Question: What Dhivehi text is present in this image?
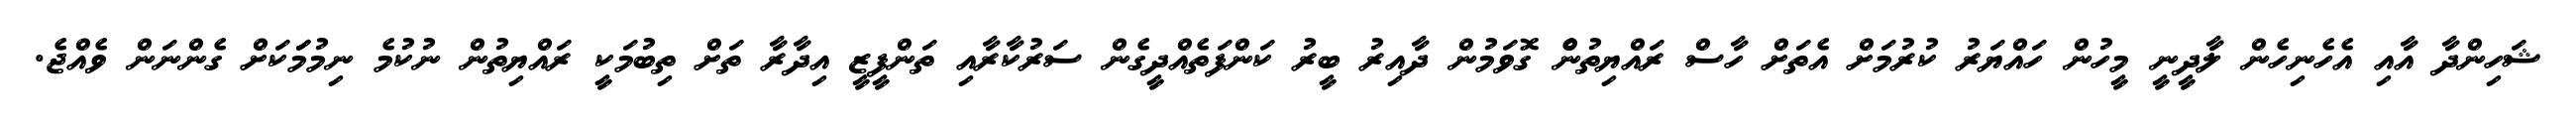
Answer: ޝަހިންދާ އާއި އެހެނިހެން ލާދީނީ މީހުން ހައްޔަރު ކުރުމަށް އެތަށް ހާސް ރައްޔިތުނެް ގޮވަމުން ދާއިރު ބީރު ކަންފަތެއްދީގެން ސަރުކާރާއި ތަންފީޒީ އިދާރާ ތަށް ތިބުމަކީ ރައްޔިތުން ނުކުމެ ނިމުމަަކަށް ގެންނަން ވެއްޖެ.